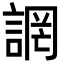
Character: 誷